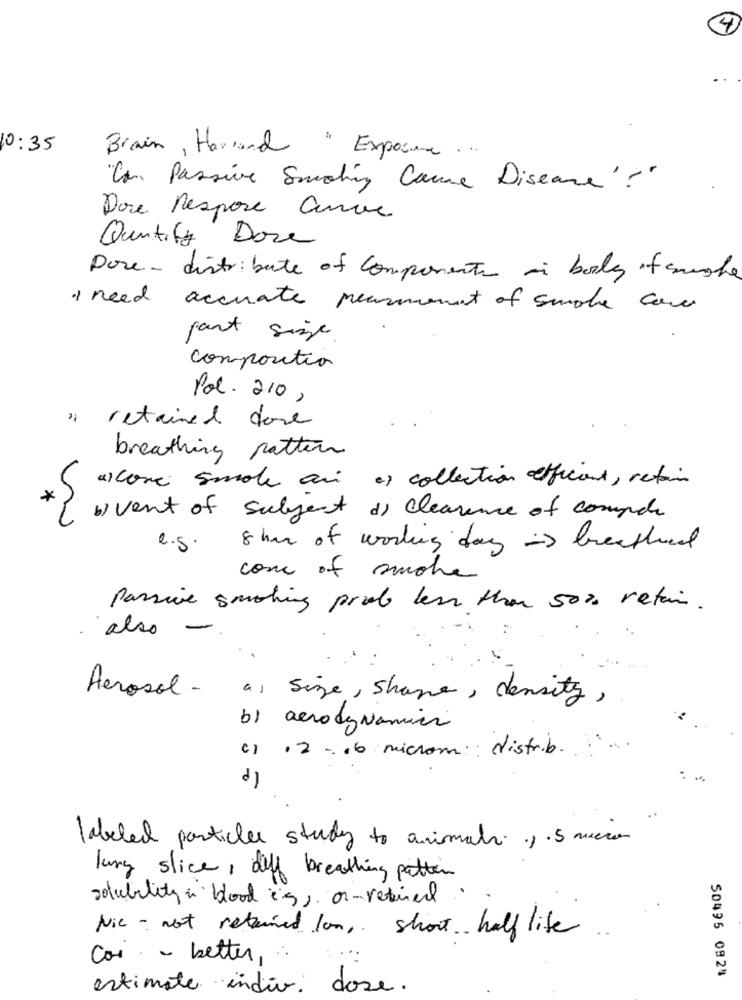
4
10:35
Brain, Harand " Exposure ...
"Can Passive Smoking Came Disease'?"
Dore Respose anve
Quantity Dore
Done - distribute of componente in body of anche
I need accurate pearmoment of smoke come
part size
composition
Pol. 210,
" retained done
breathing pattern
a)come smole ani es collection efficient, retain
*
b) vent of subject of Clearance of compte
e.s.
8 hmm of working day -> breathed
come of smoke
Passive smoking prob less than 50% retain.
also
Aerosol -
as size, shane, density,
b) aerodynamica
12 - 16 microm :: distrib .....
..
labeled particles study to animali .f . mission
lung slice, deff breathing pattern
solubility in blood is, or -retired
Nie - not retained lon, short half life
Cas - better,
50495 0924
estimate indivi dose.